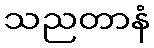
သညတာနံ